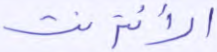
الانترنت